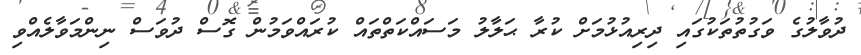
ދުވާލުގެ ވަގުތުތަކުގައި ދިރިއުޅުމަށް ކުރާ ޙަލާލު މަސައްކަތްތައް ކުރައްވަމުން ގޮސް ދުވަސް ނިންމަވާލެއްވި